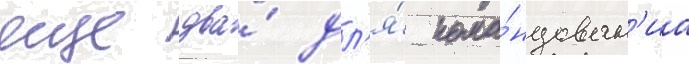
еще два́ дл'я́ кома́ндован'иа